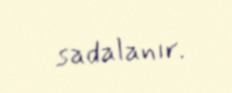
sadalanır.